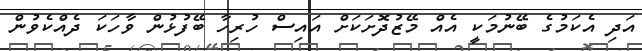
އަދި އެކަމުގެ ބޭނުމަކީ އެއް މޭޒުދޮށަކަށް އައިސް ހުރިހާ ބޭފުޅުން ވާހަކަ ދެއްކެވުން